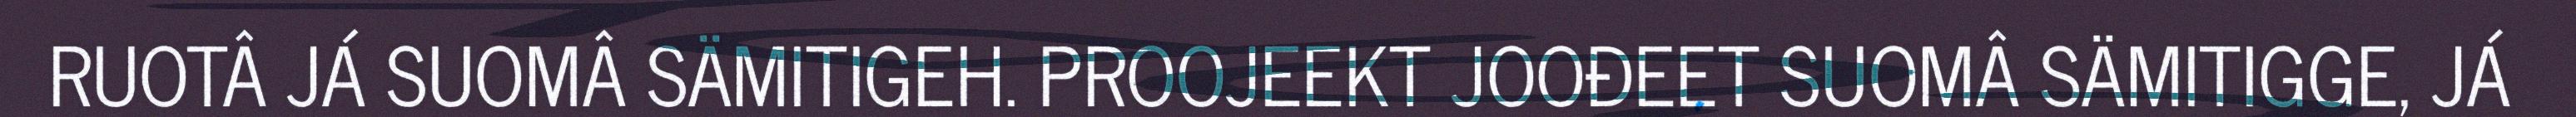
RUOTÂ JÁ SUOMÂ SÄMITIGEH. PROOJEEKT JOOĐEET SUOMÂ SÄMITIGGE, JÁ